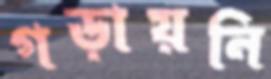
গড়ায়নি